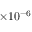
\times 1 0 ^ { - 6 }